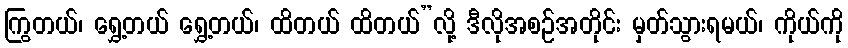
ကြွတယ်၊ ရွှေ့တယ် ရွှေ့တယ်၊ ထိတယ် ထိတယ်”လို့ ဒီလိုအစဉ်အတိုင်း မှတ်သွားရမယ်၊ ကိုယ်ကို